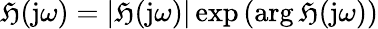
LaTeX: \mathfrak{H}(\mathrm{{j}}\omega)=|\mathfrak{H}(\mathrm{{j}}\omega)|\exp\left(\arg\mathfrak{H}(\mathrm{{j}}\omega)\right)